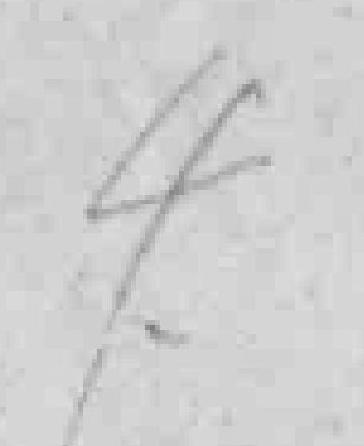
4